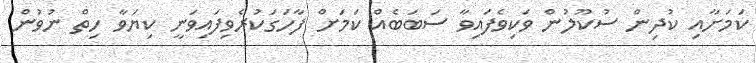
ކަމަށާއި ކުދިން ސުކޫލުން ވަކިވެފައިވާ ސަބަބެއް ކަމަށް ފާހަގަކުރެވިިފައިވަނީ ކިޔަވާ ހިތް ނުވުން